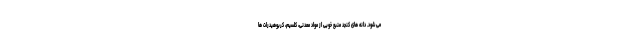
می شود. دانه های کنجد منبع خوبی از مواد معدنی، کلسیم، کربوهیدرات ها